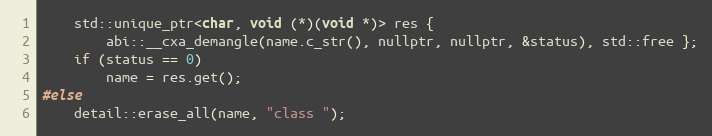
Language: C
    std::unique_ptr<char, void (*)(void *)> res {
        abi::__cxa_demangle(name.c_str(), nullptr, nullptr, &status), std::free };
    if (status == 0)
        name = res.get();
#else
    detail::erase_all(name, "class ");